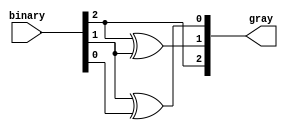
module gray_code_encoder (
    input  wire [2:0] binary,  // 3-bit binary input
    output wire [2:0] gray     // 2-bit Gray code output
);

// Assigning the Gray code outputs based on the binary inputs
assign gray[2] = binary[2];             // MSB of Gray code equals MSB of binary input
assign gray[1] = binary[2] ^ binary[1]; // gray[1] = binary[2] XOR binary[1]
assign gray[0] = binary[1] ^ binary[0]; // gray[0] = binary[1] XOR binary[0]

endmodule